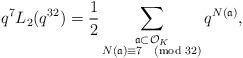
LaTeX: \begin{align*} q^{7} L_{2}(q^{32}) = \frac{1}{2} \sum_{\substack{\frak{a} \subset \mathcal{O}_{K} \\ N(\frak{a}) \equiv 7 \pmod{32}}} q^{N(\frak{a})},\end{align*}